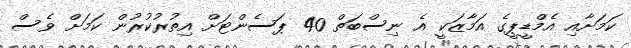
ކަމަށާއި އެމްޑީޕީގެ އަމާޒަކީ އެ ނިސްބަތް 40 ޕަސެންޓަށް އިތުރުކުރުން ކަމަށް ވެސް